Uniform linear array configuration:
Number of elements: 16
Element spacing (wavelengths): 1
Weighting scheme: binomial
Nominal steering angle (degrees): -30
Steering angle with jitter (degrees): -29.815
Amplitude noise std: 0.05
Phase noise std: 0.05

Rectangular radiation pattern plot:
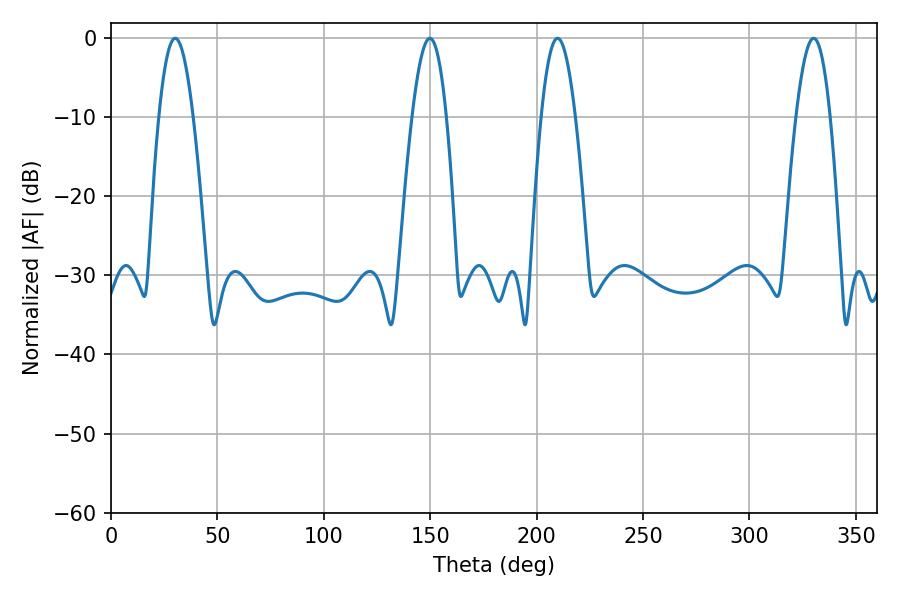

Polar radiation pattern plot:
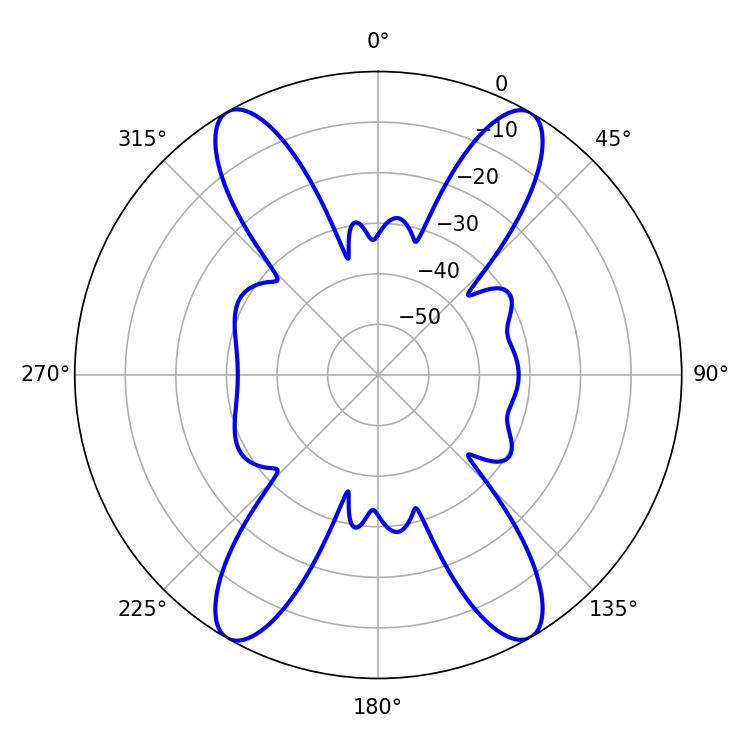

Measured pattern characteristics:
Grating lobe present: TRUE
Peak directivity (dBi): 29.907
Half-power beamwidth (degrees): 8.82
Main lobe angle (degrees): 209.88